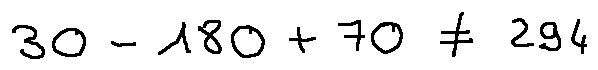
3 0 - 1 8 0 + 7 0 \neq 2 9 4